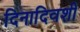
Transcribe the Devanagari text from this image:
दिनादिवशी